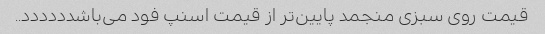
قیمت روی سبزی منجمد پایین‌تر از قیمت اسنپ فود می‌باشدددددد..